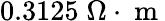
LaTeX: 0.3125\; \Omega\cdot\mathrm{~m~}